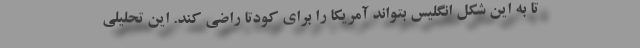
تا به این شكل انگلیس بتواند آمریكا را برای كودتا راضی كند. این تحلیلی